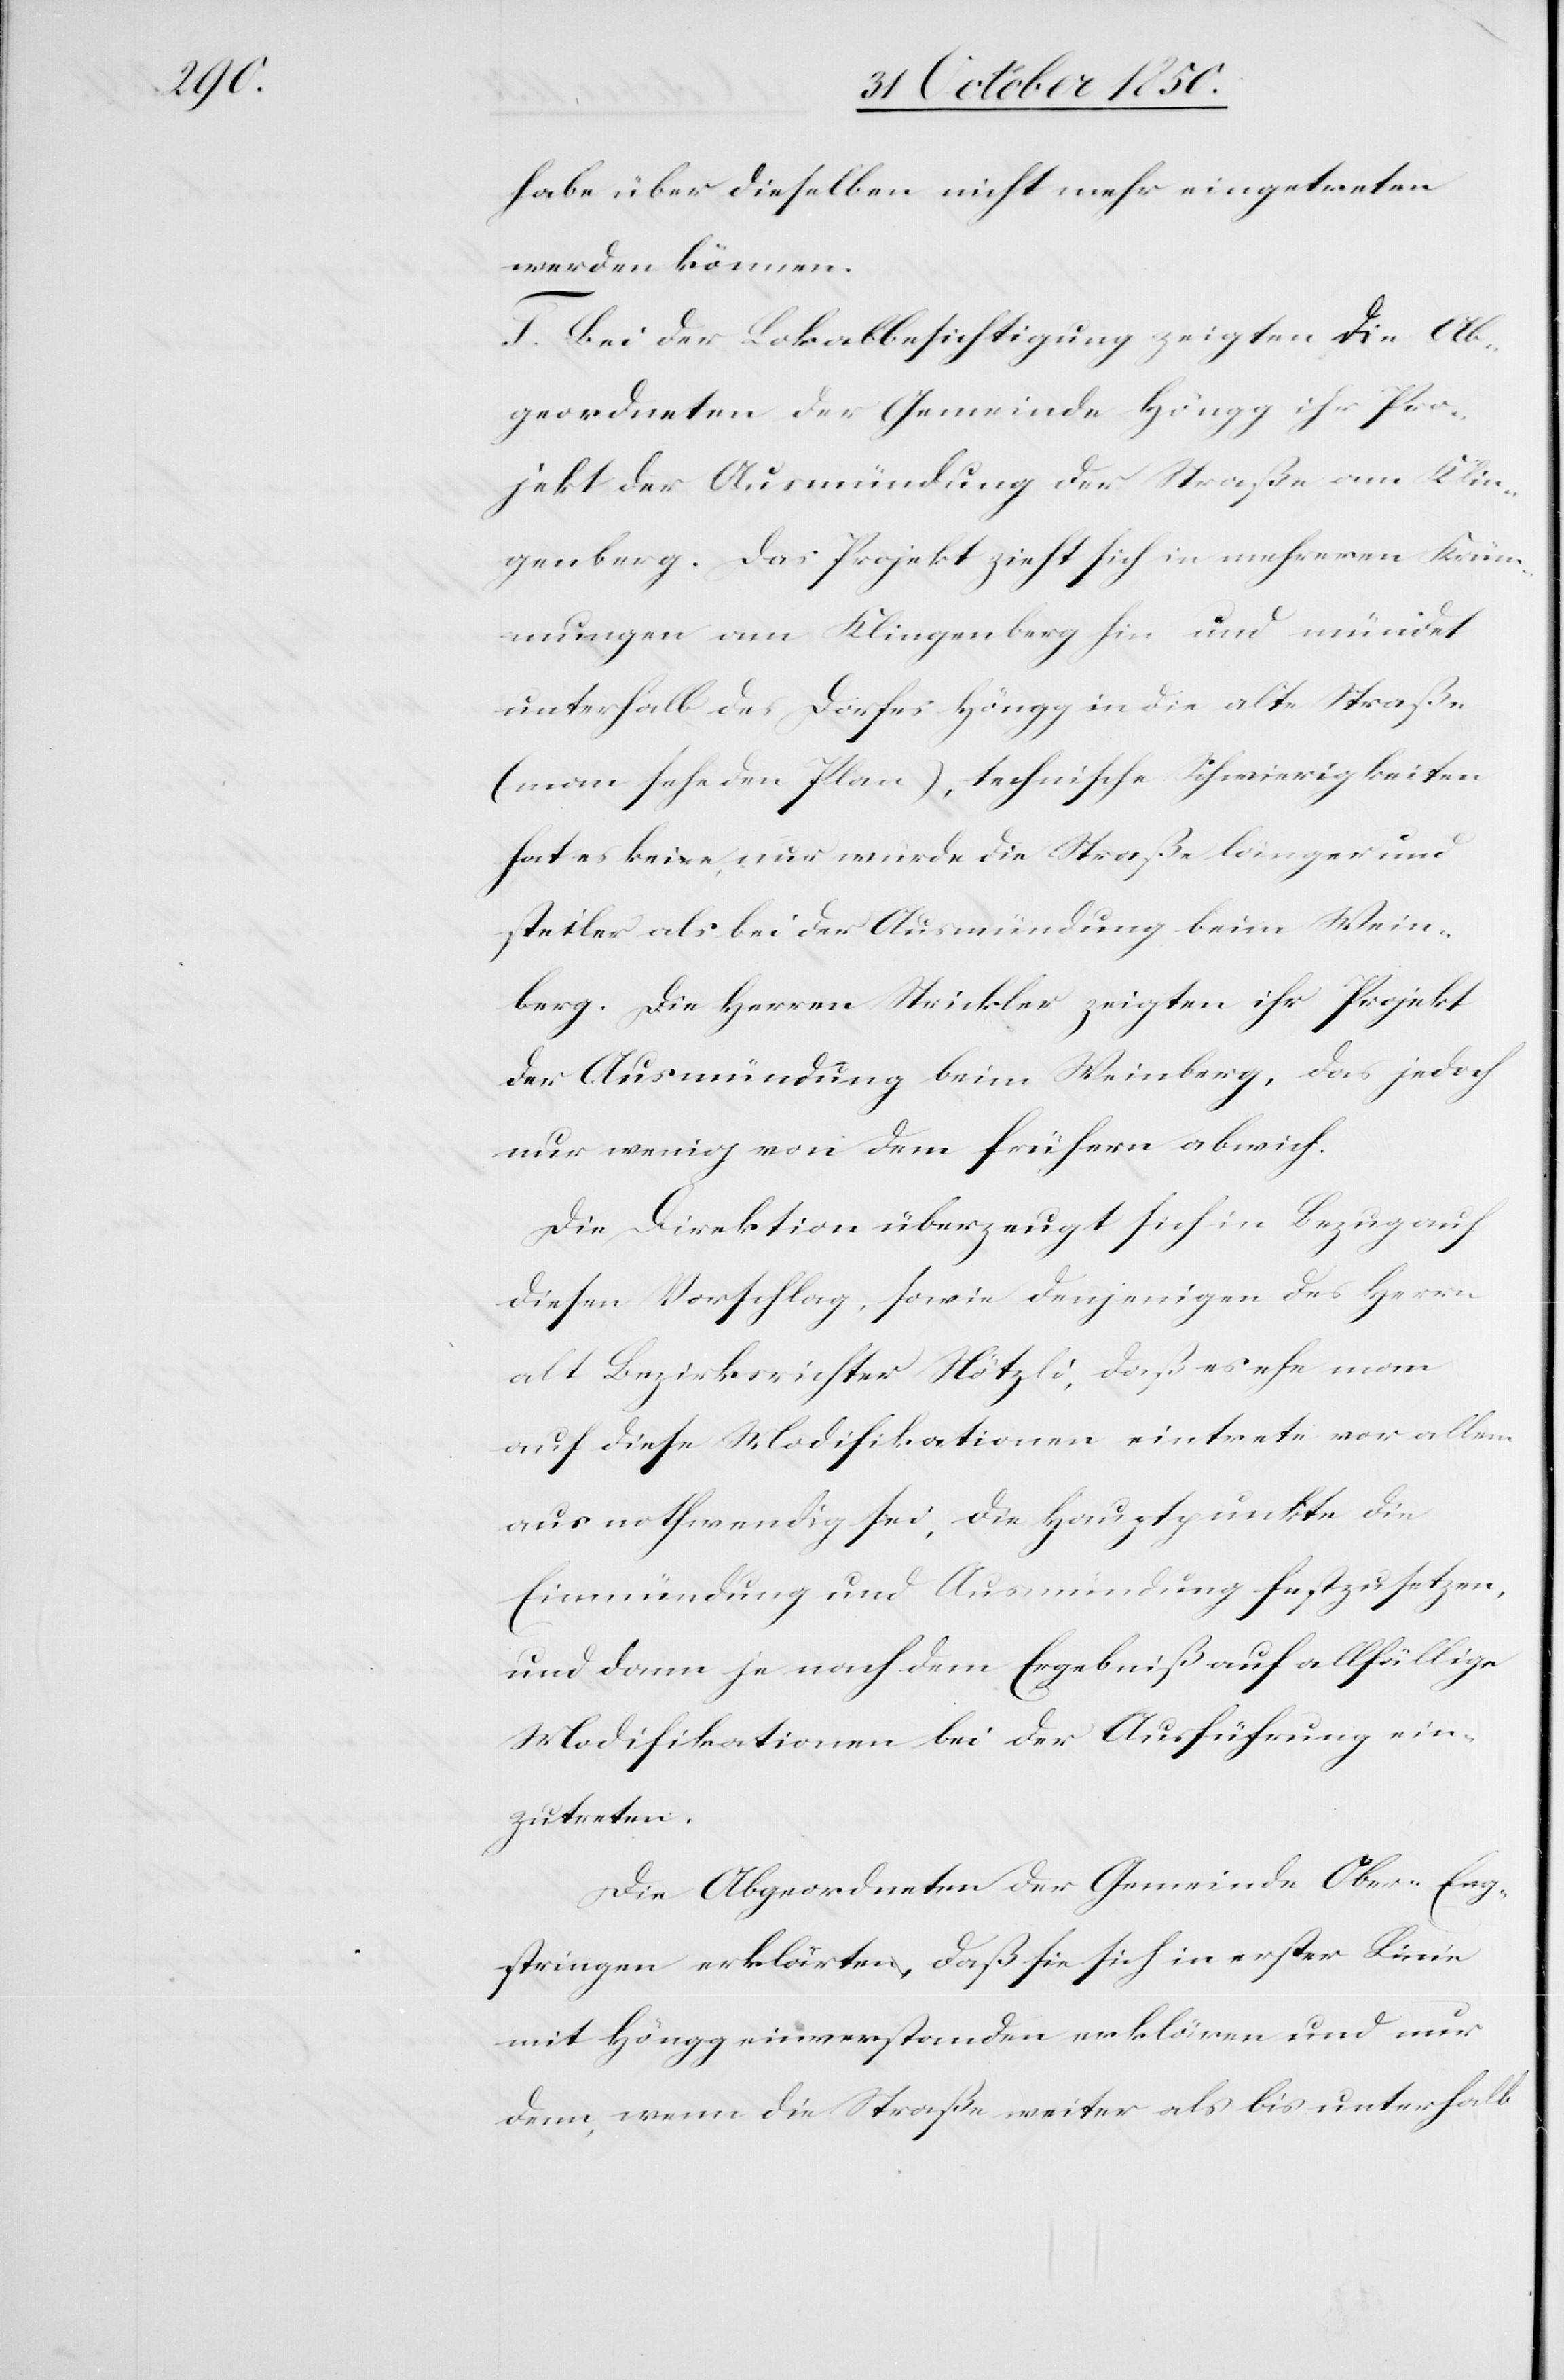
habe über dieselben nicht mehr eingetreten
werden können.
T. Bei der Lokalbesichtigung zeigten die Ab¬
geordneten der Gemeinde Höngg ihr Pro¬
jekt der Ausmündung der Straße am Klin¬
genberg. Das Projekt zieht sich in mehreren Krüm¬
mungen am Klingenberg hin und mündet
unterhalb des Dorfes Höngg in die alte Straße
(man sehe den Plan), technische Schwierigkeiten
hat es keine, nur würde die Straße länger und
steiler als bei der Ausmündung beim Wein¬
berg. Die Herren Strickler zeigten ihr Projekt
der Ausmündung beim Weinberg, das jedoch
nur wenig von dem frühern abwich.
Die Direktion überzeugt sich in Bezug auf
diesen Vorschlag, sowie denjenigen des Herrn
alt Bezirksrichter Nötzli, daß es ehe man
auf diese Modifikationen eintrete vor allem
aus nothwendig sei, die Hauptpunkte die
Einmündung und Ausmündung festzusetzen,
und dann je nach dem Ergebniß auf allfällige
Modifikationen bei der Ausführung ein¬
zutreten.
Die Abgeordneten der Gemeinde Ober-Eng¬
stringen erklärten, daß sie sich in erster Linie
mit Höngg einverstanden erklären und nur
denn, wenn die Straße weiter als bis unterhalb